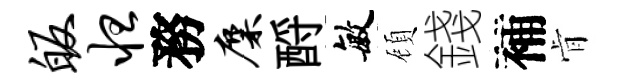
皈怛務麋酹敏頋錢補肻